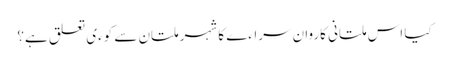
کیا اس ملتانی کاروان سراءے کا شہر ملتان سے کوءی تعلق ہے؟